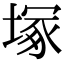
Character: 塚